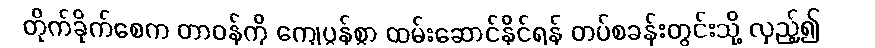
တိုက်ခိုက်စေက တာဝန်ကို ကျေပွန်စွာ ထမ်းဆောင်နိုင်ရန် တပ်စခန်းတွင်းသို့ လှည့်၍